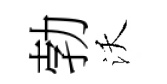
勃沃